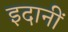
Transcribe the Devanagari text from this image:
इदानीं